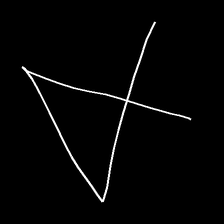
Glyph: collection